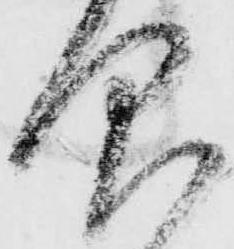
仰